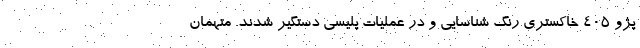
پژو 405 خاکستری رنگ شناسایی و در عملیات پلیسی دستگیر شدند. متهمان